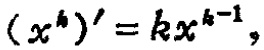
$(x^{k})' = kx^{k - 1}$